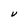
Character: V